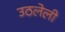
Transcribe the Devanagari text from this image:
उठलेली